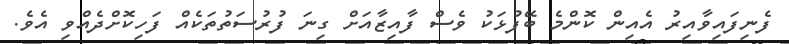
ފެނިފައިވާއިރު އެއިން ކޮންމެ ބޭފުޅަކު ވެސް ފާއިޒާއަށް ގިނަ ފުރުސަތުތަކެއް ފަހިކޮށްދެއްވި އެވެ.